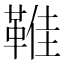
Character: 𩋔